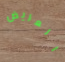
العريض